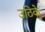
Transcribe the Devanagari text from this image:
उठिके